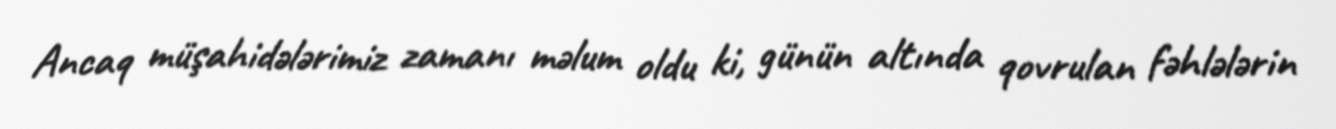
Ancaq müşahidələrimiz zamanı məlum oldu ki, günün altında qovrulan fəhlələrin